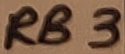
Text: RB3